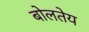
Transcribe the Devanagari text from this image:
बोलतेय